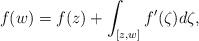
LaTeX: \begin{align*}f(w)=f(z)+{\displaystyle \int_{[z,w]}f'(\zeta)d\zeta},\end{align*}